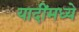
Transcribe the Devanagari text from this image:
यादींमध्ये